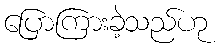
ပြောကြားခဲ့သည်ဟု